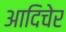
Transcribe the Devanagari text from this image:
आदिचेर